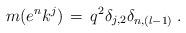
LaTeX: \begin{align*}m(e^nk^j)\,=\,q^2\delta_{j,2}\delta_{n,(l-1)}\;.\end{align*}